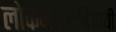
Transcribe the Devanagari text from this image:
लोकमंगलविधायी